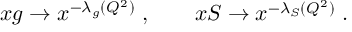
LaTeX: x g \to x ^ { - \lambda _ { g } ( Q ^ { 2 } ) } \; , \qquad x S \to x ^ { - \lambda _ { S } ( Q ^ { 2 } ) } \; .